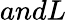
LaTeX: andL